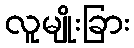
လူမျိုးခြား